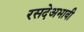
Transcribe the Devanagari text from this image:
रसदेअभावी